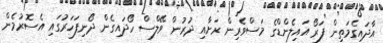
އާދައިގެމަތިން ފަރޯ އައިލެންޑްގެ މަސްވެރިން ރަށާއި ދުރުން ވޭލްސް ހޯދައިގެން ދޯނިފަހަރުގައި އެސޮރުމެން